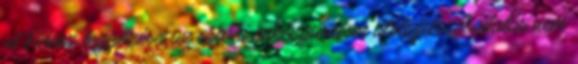
A Fidesz legyőzése, az orbáni önkényuralom alóli felszabadulás nem